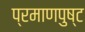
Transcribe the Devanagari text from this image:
प्रमाणपुष्ट